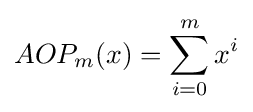
AOP_{m}(x)=\sum _{i=0}^{m}x^{i}